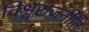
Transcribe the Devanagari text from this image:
विश्वराजनीति